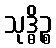
သုဒ္ဓိဉ္စ